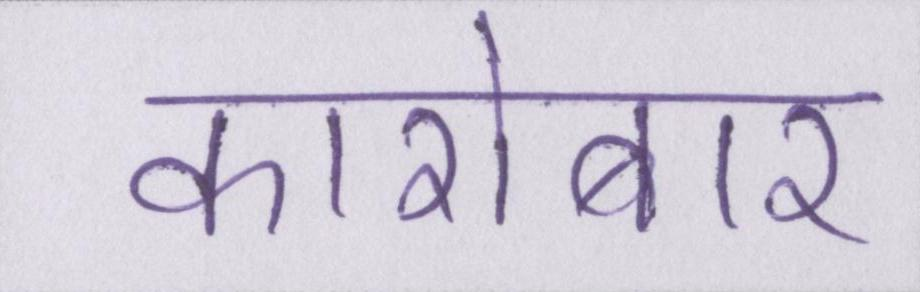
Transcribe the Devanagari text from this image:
कारोबार